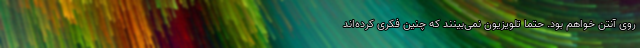
روی آنتن خواهم بود. حتماً تلویزیون نمی‌بینند که چنین فکری کرده‌اند